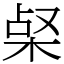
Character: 梷